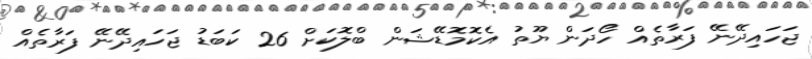
ޖަހައިދޭނޭ ފަރާތެއް ހޯދަން ޔޫތު އެކޮމޮޑޭޝަން ބްލޮކަށް 26 ކަބަޑު ޖަހައިދޭނޭ ފަރާތެއް